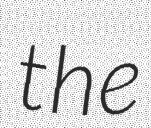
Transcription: the